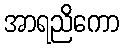
အာရညိကော